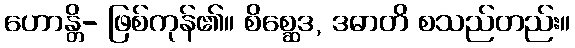
ဟောန္တိ- ဖြစ်ကုန်၏။ စိစ္ဆေဒ, ဒဓာတိ စသည်တည်း။